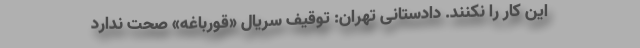
این کار را نکنند. دادستانی تهران: توقیف سریال «قورباغه» صحت ندارد